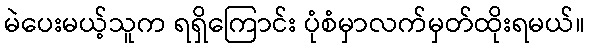
မဲပေးမယ့်သူက ရရှိကြောင်း ပုံစံမှာလက်မှတ်ထိုးရမယ်။